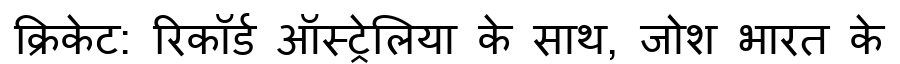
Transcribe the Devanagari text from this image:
क्रिकेट: रिकॉर्ड ऑस्ट्रेलिया के साथ, जोश भारत के